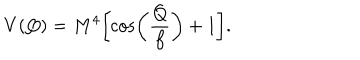
LaTeX: V ( Q ) = M ^ { 4 } \biggl [ \cos \biggl ( \frac { Q } { f } \biggr ) + 1 \biggr ] .